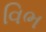
વિભ